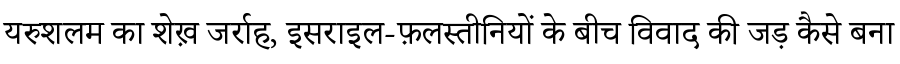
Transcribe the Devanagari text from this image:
यरुशलम का शेख़ जर्राह, इसराइल-फ़लस्तीनियों के बीच विवाद की जड़ कैसे बना